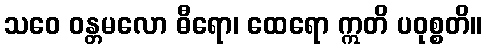
သဝေ ဝန္တမလော ဓီရော၊ ထေရော ဣတိ ပဝုစ္စတိ။